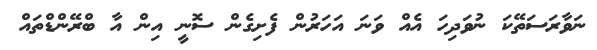
ނަވާރަސަތޭކަ ނުވަދިހަ އެއް ވަނަ އަހަރުން ފެށިގެން ސޮނީ އިން އާ ބްރޭންޑްތައް